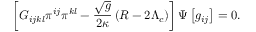
\left[ G _ { i j k l } \pi ^ { i j } \pi ^ { k l } - \frac { \sqrt { g } } { 2 \kappa } \left( R - 2 \Lambda _ { c } \right) \right] \Psi \left[ g _ { i j } \right] = 0 .